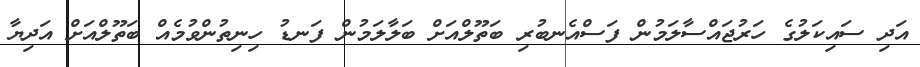
އަދި ސައިކަލުގެ ހަރުޖައްސާލަމުން ފަސްއެނބުރި ބަތޫލްއަށް ބަލާލަމުން ފަނޑު ހިނިތުންވުމެއް ބަތޫލްއަށް އަދިޔާ